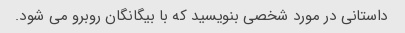
داستانی در مورد شخصی بنویسید که با بیگانگان روبرو می شود.